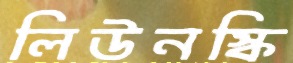
লিউনস্কি